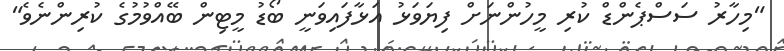
"މިހާރު ސަސްޕެންޑް ކުރި މީހުންނަށް ފިޔަވަޅު އަޅާފައިވަނީ ބޯޑު މީޓިން ބޭއްވުމުގެ ކުރިންނެވެ"